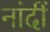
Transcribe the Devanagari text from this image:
नांदीं